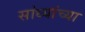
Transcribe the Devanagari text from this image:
सांध्यांच्या